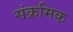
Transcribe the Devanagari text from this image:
संक्रमिक